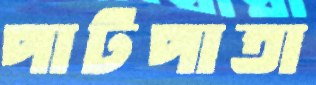
পাটপাতা